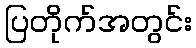
ပြတိုက်အတွင်း